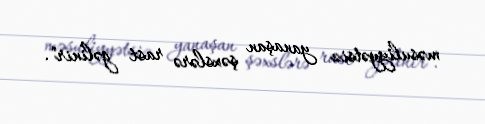
məsuliyyətsiz yanaşan şəxslərə rast gəlinir".